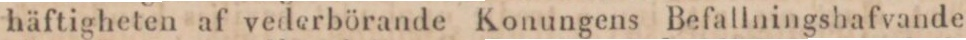
häftigheten af vederbörande Konungens Befallningshafvande